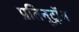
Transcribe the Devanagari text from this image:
प्रतिनूट्रॉन